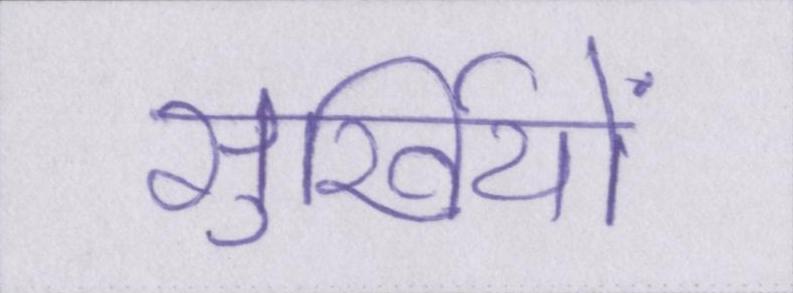
सुर्खियों